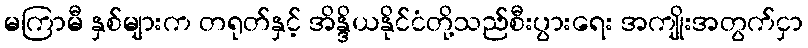
မကြာမီ နှစ်များက တရုတ်နှင့် အိန္ဒိယနိုင်ငံတို့သည်စီးပွားရေး အကျိုးအတွက်ငှာ